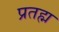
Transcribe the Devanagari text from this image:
प्रतह्म